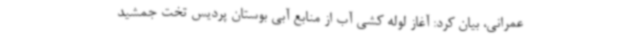
عمرانی، بیان کرد: آغاز لوله کشی آب از منابع آبی بوستان پردیس تخت جمشید